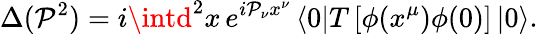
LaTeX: \Delta(\mathcal{P}^{2})=i\intd^{2}x\, e^{i\mathcal{P}_{\nu}x^{\nu}}\left\langle0\right|T\left[\phi(x^{\mu})\phi(0)\right]\left|0\right\rangle.